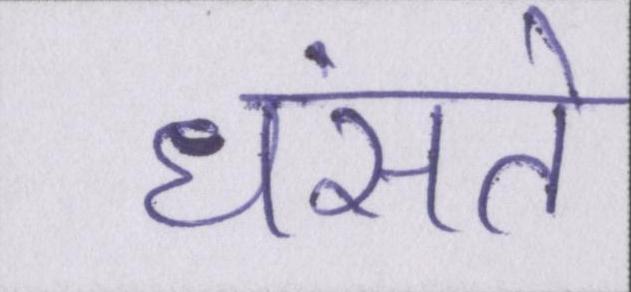
धंसते